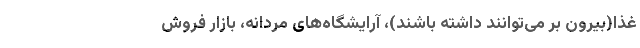
غذا(بیرون بر می‌توانند داشته باشند)، آرایشگاه‌های مردانه، بازار فروش